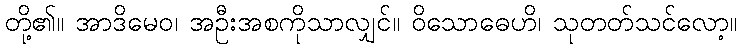
တို့၏။ အာဒိမေဝ၊ အဦးအစကိုသာလျှင်။ ဝိသောဓေဟိ၊ သုတတ်သင်လော့။